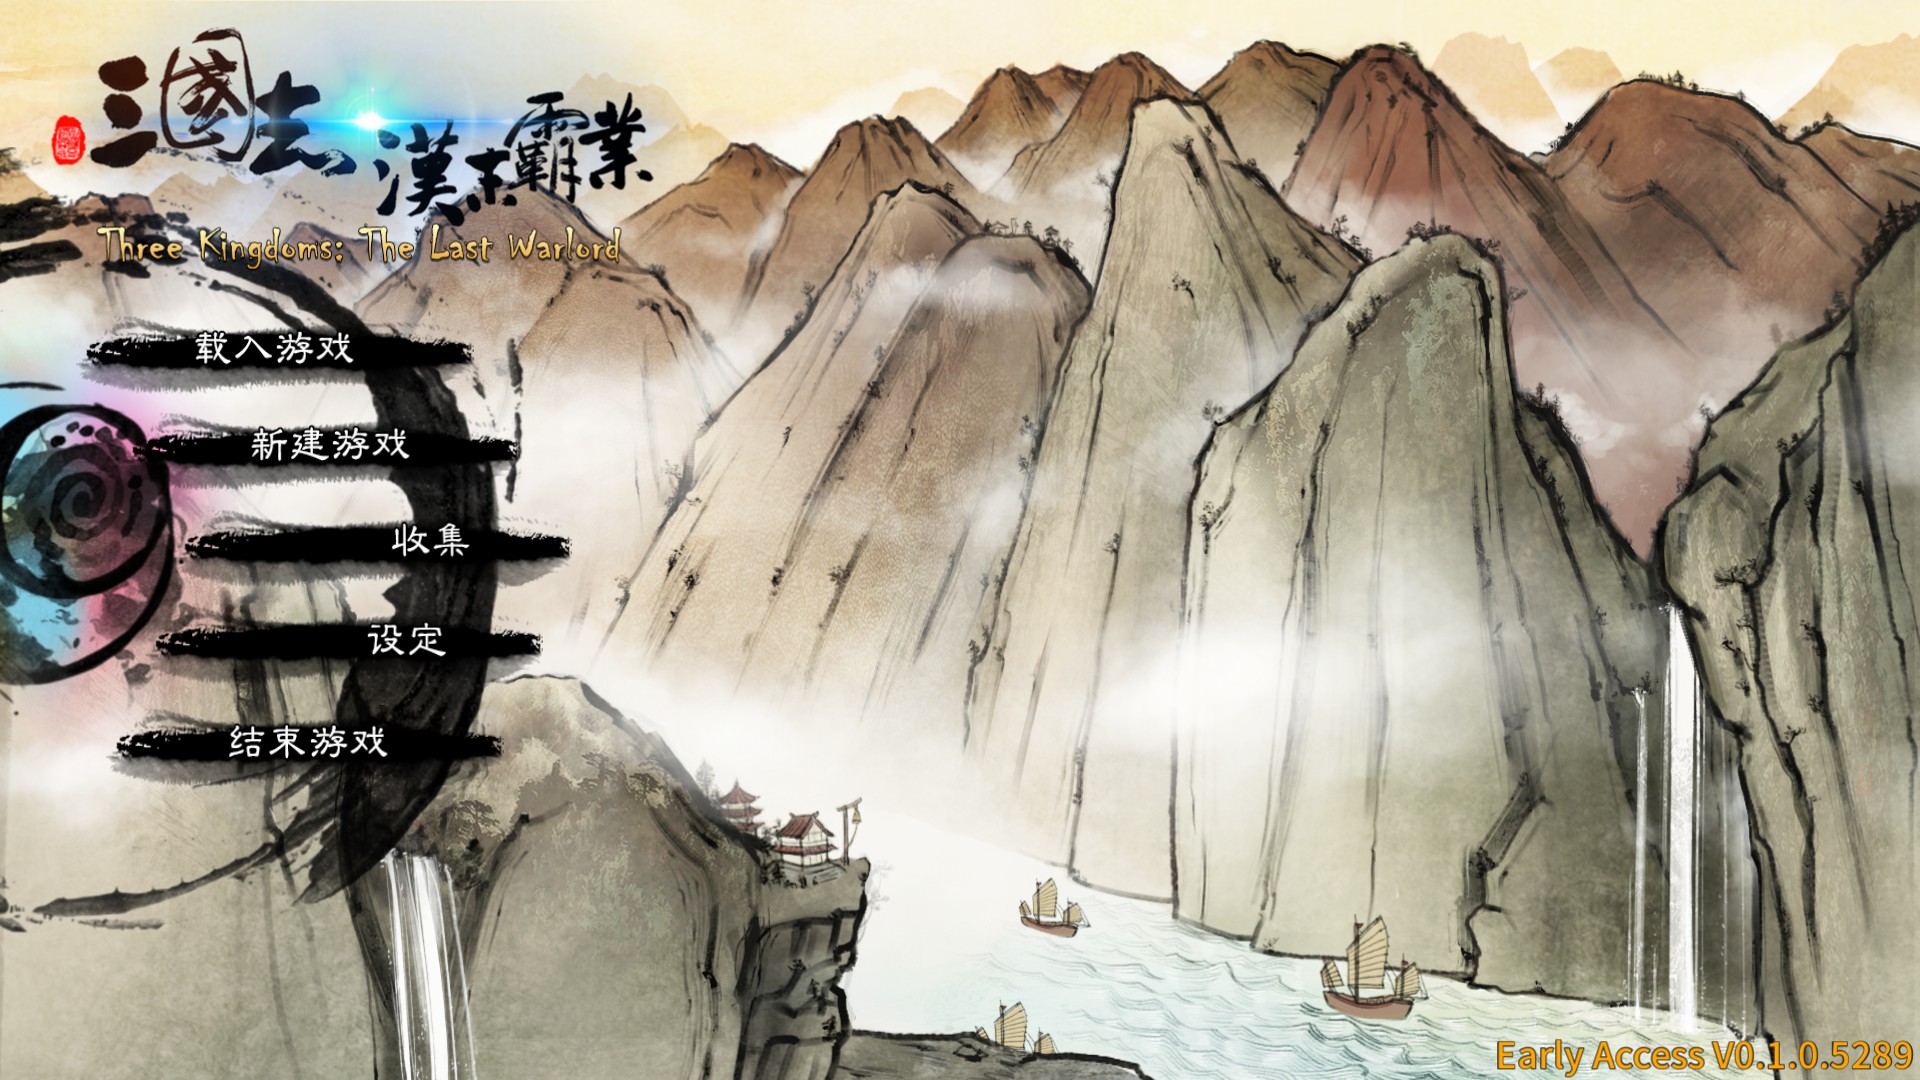
千古兴亡多少事？悠悠。不尽长江滚滚流。